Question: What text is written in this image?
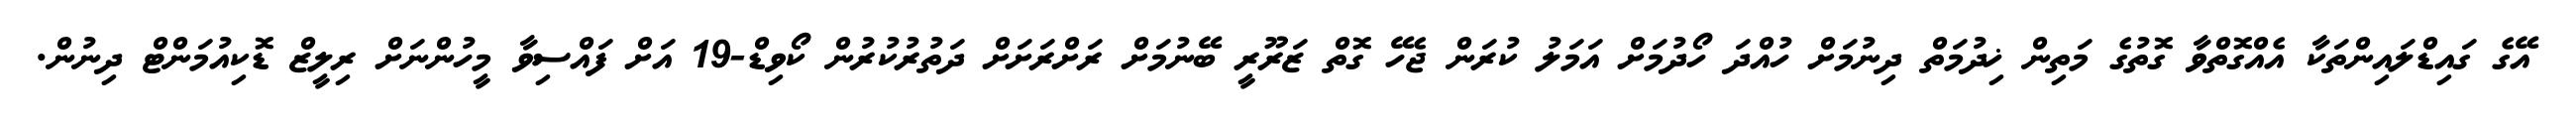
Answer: އޭގެ ގައިޑްލައިންތަކާ އެއްގޮތްވާ ގޮތުގެ މަތިން ޚިދުމަތް ދިނުމަށް ހުއްދަ ހޯދުމަށް އަމަލު ކުރަން ޖެހޭ ގޮތް ޒަރޫރީ ބޭނުމަށް ރަށްރަށަށް ދަތުރުކުރުން ކޯވިޑް-19 އަށް ފައްސިވާ މީހުންނަށް ރިލީޒް ޑޮކިއުމަންޓް ދިނުން.